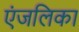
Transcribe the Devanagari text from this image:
एंजलिका